Leaving Certificate Examination (including Day School Certificate (Higher) General paper), 1932
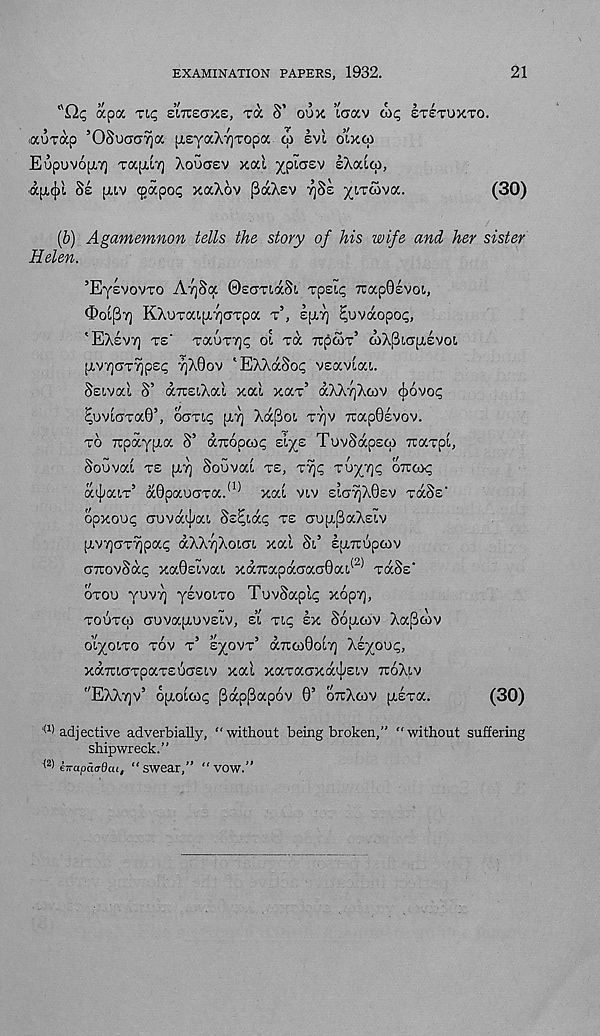
EXAMINATION PAPERS, 1932.
21
"Qc; apa Tii; stTCsaxs, Ta S’ oux raav wc, STETUXTO.
.auxap ’OSuacnjoc [isyaXvjTopa oi evi oixfp
Eupuv6p,7) TCC[AI7] XoUCTSV Xal /piCTSV £X0U<p,
ap,({)L Se [AIV cgapo? xaXov pdcXev rjSe ^(.rcova.
(30)
(b) Agamemnon tells the story of his wife and her sister
Helen.
’EYEVOVTO A7]8qc ©soriaSt. Tpsi<; 7r:ap0£voi,
OOI^Y] KXoTai.[A7]CTTpa T 5 , £[AT] ^uvaopo^,
'Ex£v7) TS' T0CUT7]p 01 TOC TI^COT’ 0)X[3c(T[jCeV0I.
p,v7]crT^p£<; 7)X0ov 'EXXaSop vsaviai.
SECVOCC S’ aTOcXal xal xax’ aXXyjXwv (jjovop
^UVC(7Ta0’, OCJTC^ [XT] Xa^OC T7)V 7Tap0£VOV.
TO Ttpaypca 8’ aTropcop siyE TovSapsco ocaTpc,
Souvac TE [XT] Souvac TE, T% ToyT](; OTVOC,
acpaiT 5 a0paucrTa. (1) xac vcv £icniX0£v TOCSE -
opxooc; auvacpac Ss^cai; TE aufxpaXsLv
[xv7]aT7ipa(; aXXTjXocac xal 8c’ Eixirupcov
(TTUovSai; xa0scvac xa7rapacracj0ac (2) TOCSE'
OTOU yovT) ysvoiTO TuvSaplc; xopT],
TO^TOI CTUVajXUVECV, EC TCP EX 86[XCOV XapCOV
o’cyoCTO TOV T’ syovT 5 axwOocT] Xsyouf;,
xaTrcaTpaTEuascv xal xaTacrxa^Ecv TTOXCV
"EXXTJV’ O[XOCCO<; (3ap(3ap6v 0’ OTTXCOV [XETa.
(30)
^'adjective adverbially, “without being broken,” “without suffering
shipwreck.”
w EffapcitrOcu, “ swear,” “ VOW.”